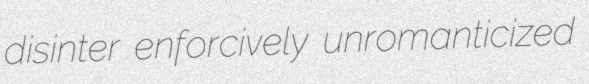
disinter enforcively unromanticized